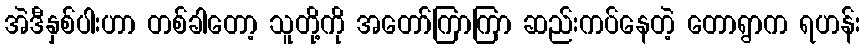
အဲဒီနှစ်ပါးဟာ တစ်ခါတော့ သူတို့ကို အတော်ကြာကြာ ဆည်းကပ်နေတဲ့ တောရွာက ရဟန်း